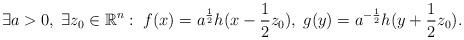
LaTeX: \begin{align*}\exists a>0,\; \exists z_0 \in \mathbb{R}^n:\; f(x) = a^\frac12 h(x - \frac12 z_0),\; g(y) = a^{-\frac12} h(y+\frac12z_0).\end{align*}